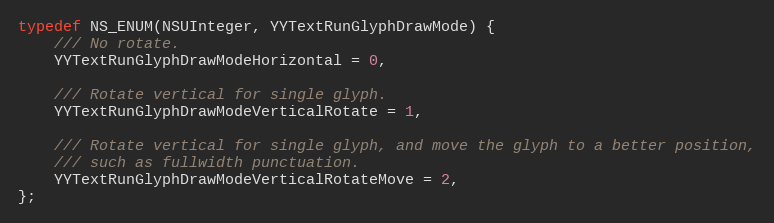
Language: C
typedef NS_ENUM(NSUInteger, YYTextRunGlyphDrawMode) {
    /// No rotate.
    YYTextRunGlyphDrawModeHorizontal = 0,

    /// Rotate vertical for single glyph.
    YYTextRunGlyphDrawModeVerticalRotate = 1,

    /// Rotate vertical for single glyph, and move the glyph to a better position,
    /// such as fullwidth punctuation.
    YYTextRunGlyphDrawModeVerticalRotateMove = 2,
};